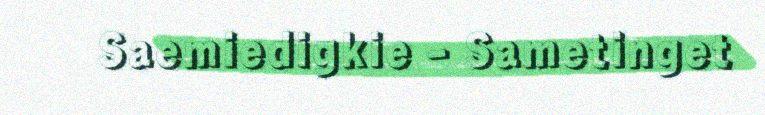
Saemiedigkie - Sametinget